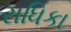
રાધિકા